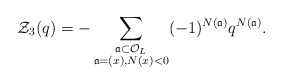
\begin{align*} \mathcal{Z}_3(q) = -\sum_{\substack{\frak{a} \subset \mathcal{O}_{L} \\ \frak{a} = (x), N(x) < 0}} (-1)^{N(\frak{a})}q^{N(\frak{a})}.\end{align*}